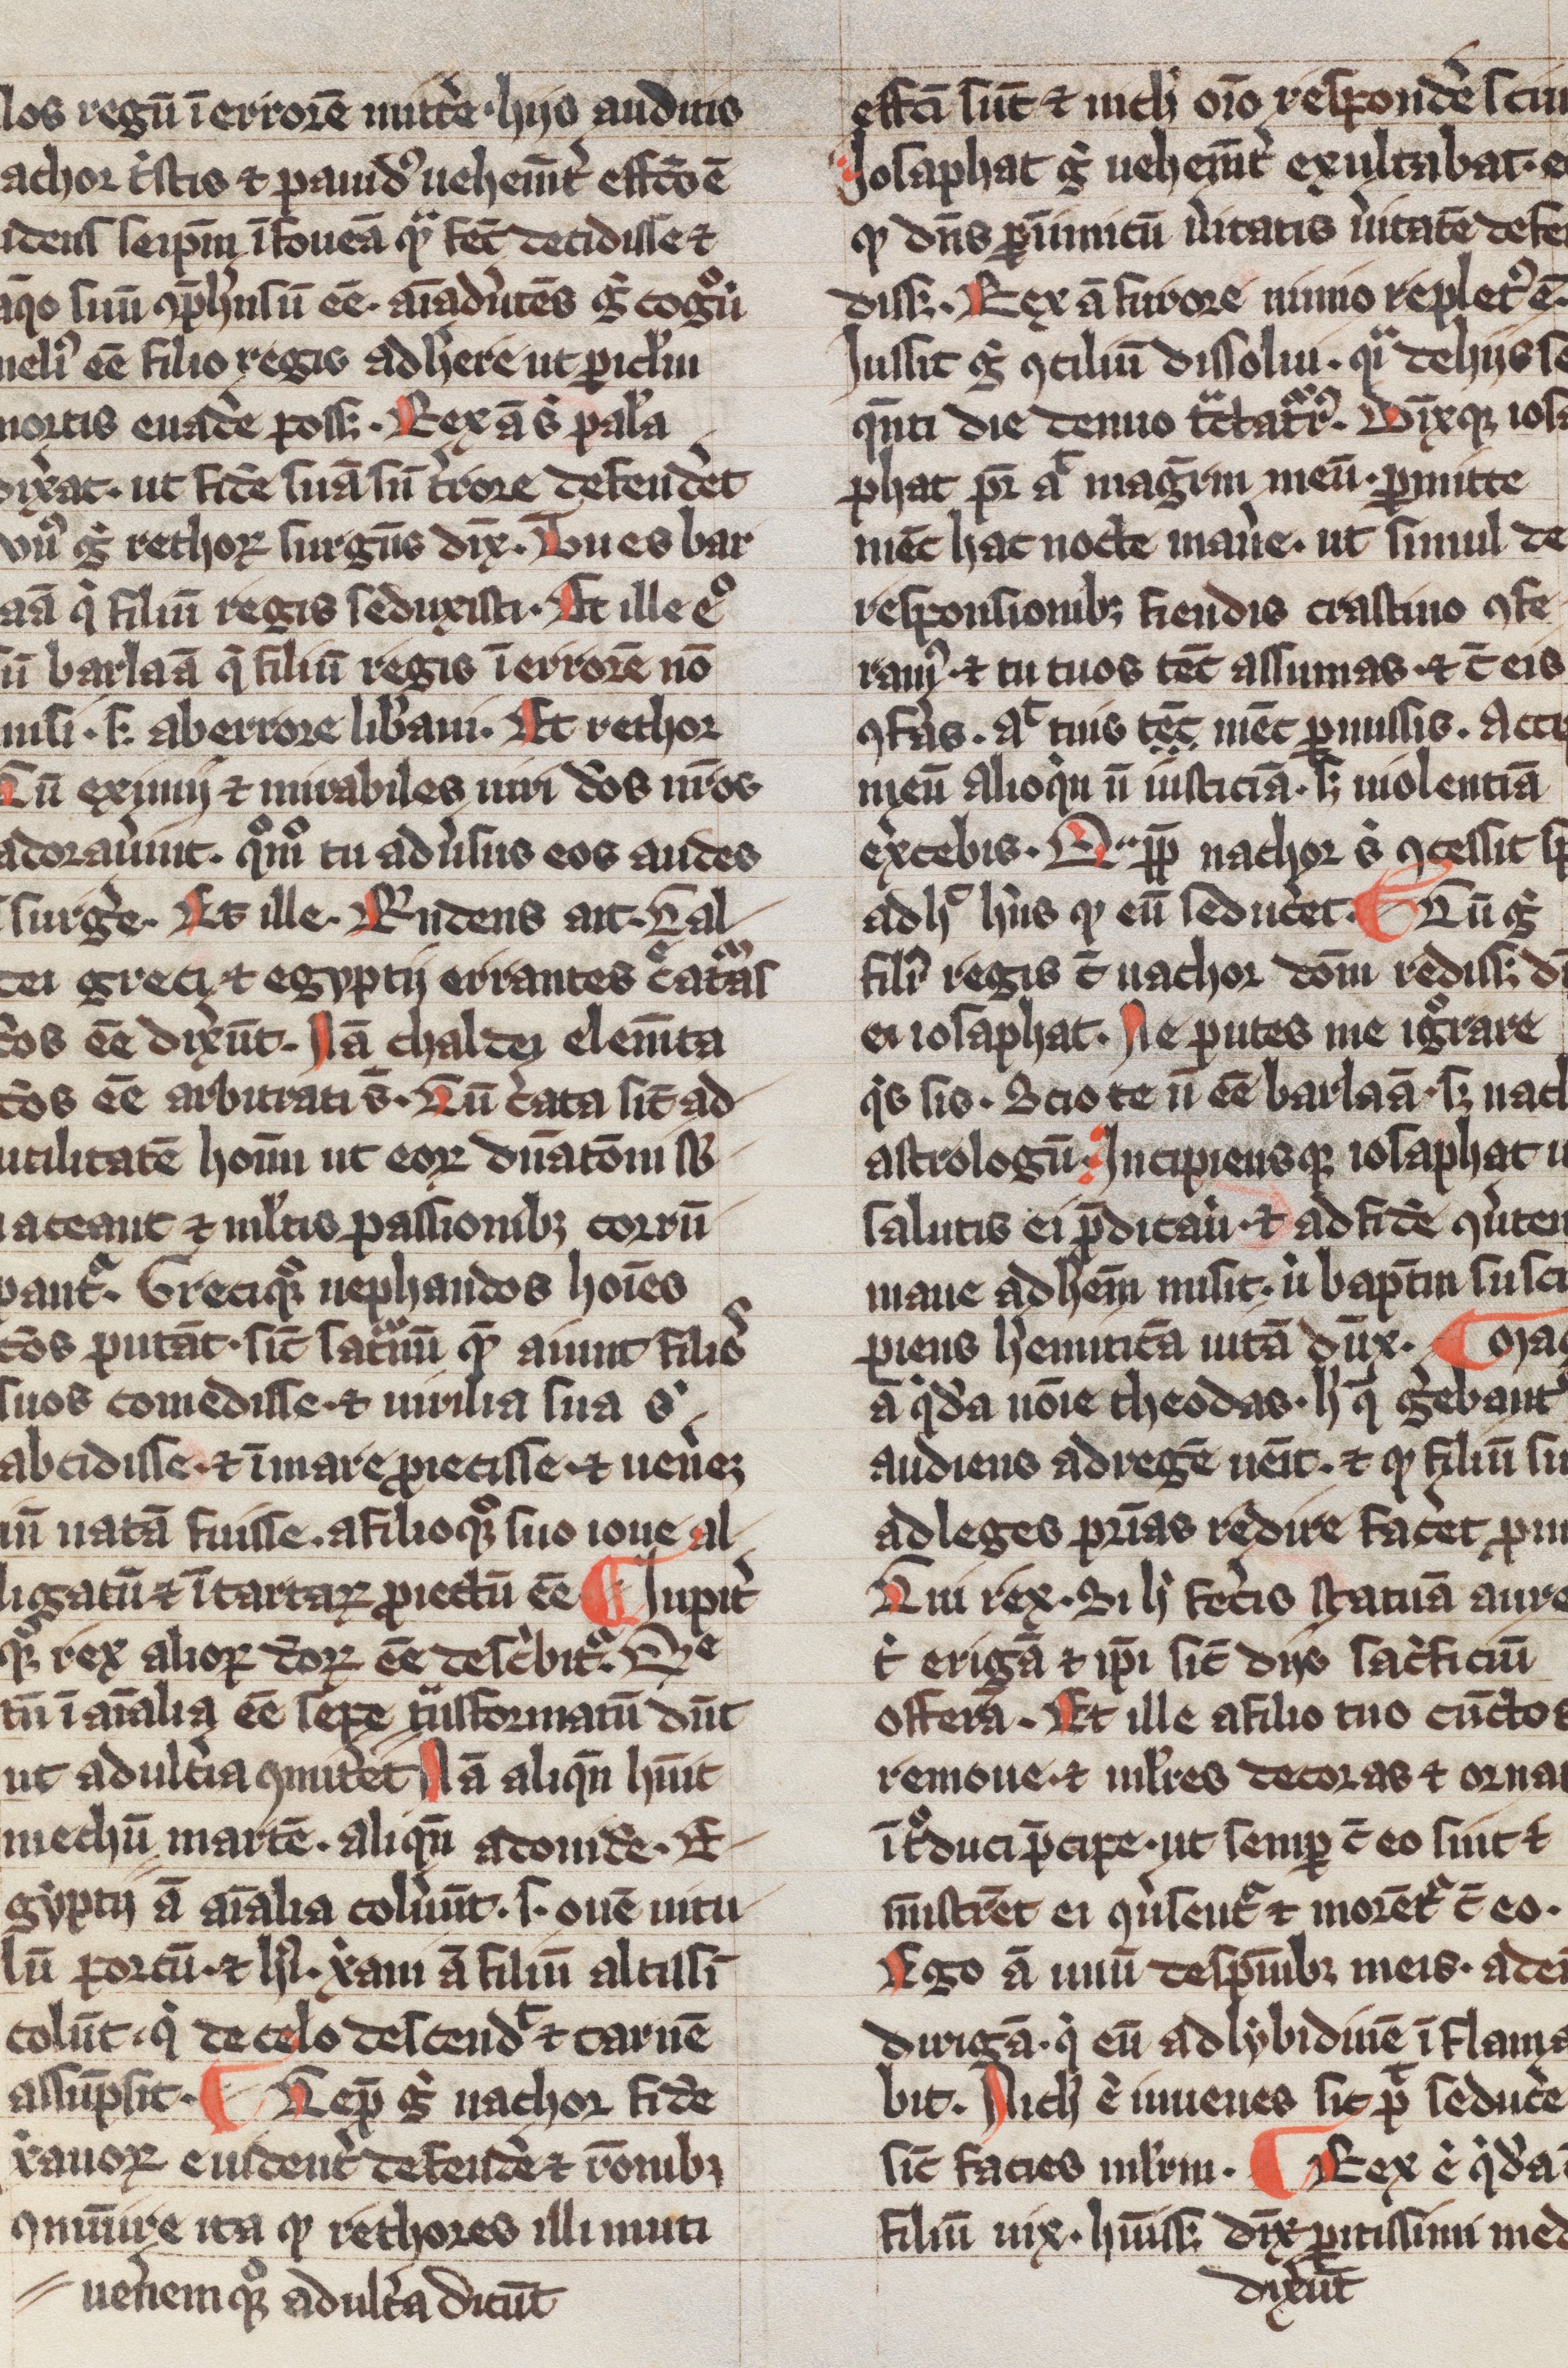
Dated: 1300–1399